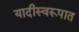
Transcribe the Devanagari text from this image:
यादीस्वरूपात